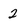
Character: 2